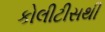
કોલીટીસથી